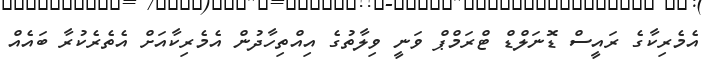
އެމެރިކާގެ ރައީސް ޑޮނަލްޑް ޓްރަމްޕް ވަނީ ވިލާތުގެ އިއްތިހާދުން އެމެރިކާއަށް އެތެރެކުރާ ބައެއް